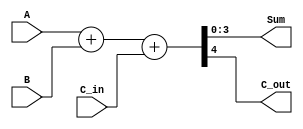
module badd_4 (Sum, C_out, A, B, C_in);
  output 	[3: 0] 	Sum;
  output 		C_out;
  input 	[3: 0] 	A, B;
  input 		C_in;

  assign {C_out, Sum} = A + B + C_in;
endmodule